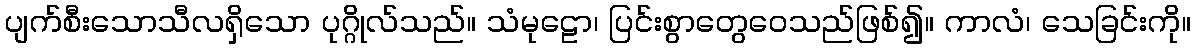
ပျက်စီးသောသီလရှိသော ပုဂ္ဂိုလ်သည်။ သံမုဠော၊ ပြင်းစွာတွေဝေသည်ဖြစ်၍။ ကာလံ၊ သေခြင်းကို။